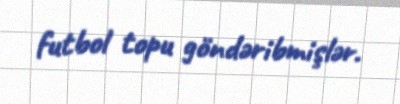
futbol topu göndəribmişlər.